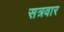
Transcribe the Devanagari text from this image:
सत्रवार